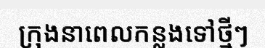
ក្រុងនាពេលកន្លងទៅថ្មីៗ